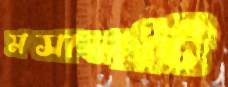
মসালচি